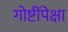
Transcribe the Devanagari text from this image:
गोष्टींपेक्षा